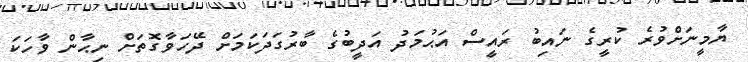
ޔާމީނަށްވުރެ ކުރީގެ ނައިބު ރައީސް އަޙުމަދު އަދީބުގެ ބާރުގަދަކަމަށް ދޭހަވާގޮތަށް ނިޙާން ވާހަކަ